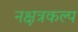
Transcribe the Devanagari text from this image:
नक्षत्रकल्प